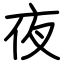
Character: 夜